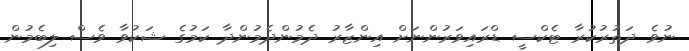
ނުވެ ދަތުރުކުރާ ޓެކްސީ ޑްރައިވަރުންނަށް އިންޒާރު ދެމުންދެމުންދާ ކަމުގެ ޝަކުވާ ވެސް ލިބެމުން